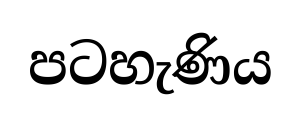
පටහැණිය